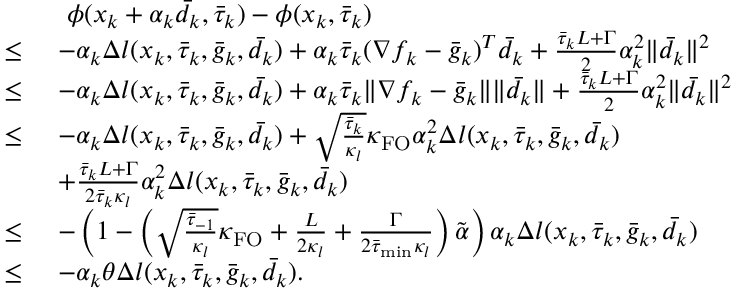
\begin{array} { r l } & { \ \phi ( x _ { k } + \alpha _ { k } \bar { d } _ { k } , \bar { \tau } _ { k } ) - \phi ( x _ { k } , \bar { \tau } _ { k } ) } \\ { \leq \ } & { - \alpha _ { k } \Delta l ( x _ { k } , \bar { \tau } _ { k } , \bar { g } _ { k } , \bar { d } _ { k } ) + \alpha _ { k } \bar { \tau } _ { k } ( \nabla f _ { k } - \bar { g } _ { k } ) ^ { T } \bar { d } _ { k } + \frac { \bar { \tau } _ { k } L + \Gamma } { 2 } \alpha _ { k } ^ { 2 } \| \bar { d } _ { k } \| ^ { 2 } } \\ { \leq \ } & { - \alpha _ { k } \Delta l ( x _ { k } , \bar { \tau } _ { k } , \bar { g } _ { k } , \bar { d } _ { k } ) + \alpha _ { k } \bar { \tau } _ { k } \| \nabla f _ { k } - \bar { g } _ { k } \| \| \bar { d } _ { k } \| + \frac { \bar { \tau } _ { k } L + \Gamma } { 2 } \alpha _ { k } ^ { 2 } \| \bar { d } _ { k } \| ^ { 2 } } \\ { \leq \ } & { - \alpha _ { k } \Delta l ( x _ { k } , \bar { \tau } _ { k } , \bar { g } _ { k } , \bar { d } _ { k } ) + \sqrt { \frac { \bar { \tau } _ { k } } { \kappa _ { l } } } \kappa _ { \mathrm { F O } } \alpha _ { k } ^ { 2 } \Delta l ( x _ { k } , \bar { \tau } _ { k } , \bar { g } _ { k } , \bar { d } _ { k } ) } \\ & { + \frac { \bar { \tau } _ { k } L + \Gamma } { 2 \bar { \tau } _ { k } \kappa _ { l } } \alpha _ { k } ^ { 2 } \Delta l ( x _ { k } , \bar { \tau } _ { k } , \bar { g } _ { k } , \bar { d } _ { k } ) } \\ { \leq \ } & { - \left( 1 - \left( \sqrt { \frac { \bar { \tau } _ { - 1 } } { \kappa _ { l } } } \kappa _ { \mathrm { F O } } + \frac { L } { 2 \kappa _ { l } } + \frac { \Gamma } { 2 \bar { \tau } _ { \operatorname* { m i n } } \kappa _ { l } } \right) \tilde { \alpha } \right) \alpha _ { k } \Delta l ( x _ { k } , \bar { \tau } _ { k } , \bar { g } _ { k } , \bar { d } _ { k } ) } \\ { \leq \ } & { - \alpha _ { k } \theta \Delta l ( x _ { k } , \bar { \tau } _ { k } , \bar { g } _ { k } , \bar { d } _ { k } ) . } \end{array}